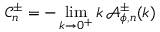
\mathcal { C } _ { n } ^ { \pm } = - \operatorname* { l i m } _ { k \to 0 ^ { + } } k \, \mathcal { A } _ { \phi , n } ^ { \pm } ( k )